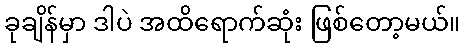
ခုချိန်မှာ ဒါပဲ အထိရောက်ဆုံး ဖြစ်တော့မယ်။